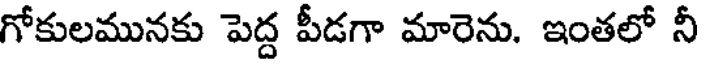
గోకులమునకు పెద్ద పీడగా మారెను. ఇంతలో నీ